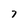
Character: 7